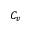
C _ { v }